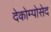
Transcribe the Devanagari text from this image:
देकोम्पोसेद